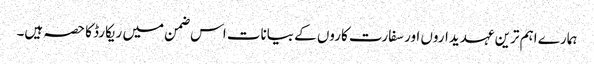
ہمارے اہم ترین عہدیداروں اور سفارت کاروں کے بیانات اس ضمن میں ریکارڈ کا حصہ ہیں۔